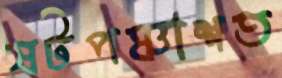
ষটপঞ্চাশত